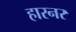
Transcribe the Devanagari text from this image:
हारनर